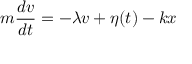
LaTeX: m { \frac { d v } { d t } } = - \lambda v + \eta ( t ) - k x